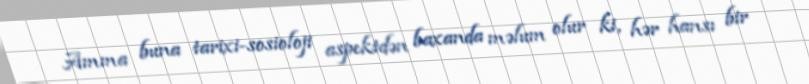
Amma buna tarixi-sosioloji aspektdən baxanda məlum olur ki, hər hansı bir